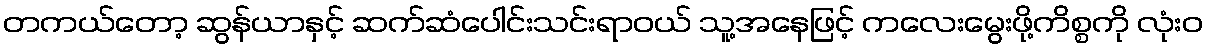
တကယ်တော့ ဆွန်ယာနှင့် ဆက်ဆံပေါင်းသင်းရာဝယ် သူ့အနေဖြင့် ကလေးမွေးဖို့ကိစ္စကို လုံးဝ